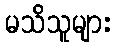
မသိသူများ